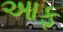
આફ